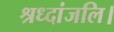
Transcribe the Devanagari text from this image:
श्रध्दांजलि।